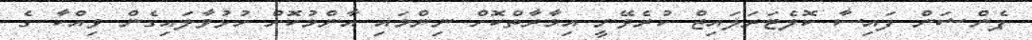
ޕެންޝަން ފައިސާ ކޮލެޓަރަލައިޒް ކުރެވޭނީ އިމާރާތްކޮށް ނިންމައި އާންމުކޮށް ހުޅުވާލައިގެން ވިއްކާ ގެ